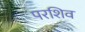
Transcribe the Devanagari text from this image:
परशिव